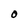
Character: O